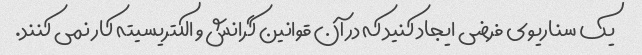
یک سناریوی فرضی ایجاد کنید که در آن قوانین گرانش و الکتریسیته کار نمی کنند.